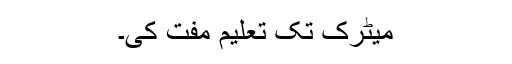
میٹرک تک تعلیم مفت کی۔